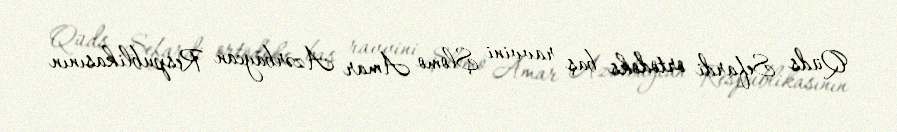
Qüds Sefardi ortodoks baş ravvini Şlomo Amar Azərbaycan Respublikasının